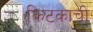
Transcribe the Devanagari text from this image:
किटकाची